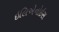
ઇલિએનોઇસ